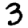
Digit: 3